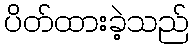
ပိတ်ထားခဲ့သည်